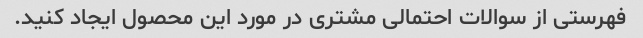
فهرستی از سوالات احتمالی مشتری در مورد این محصول ایجاد کنید.